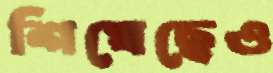
শিখেছেও